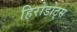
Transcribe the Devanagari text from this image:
हिरोडोट्स